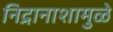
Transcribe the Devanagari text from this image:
निद्रानाशामुळे